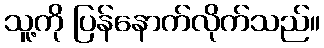
သူ့ကို ပြန်နောက်လိုက်သည်။